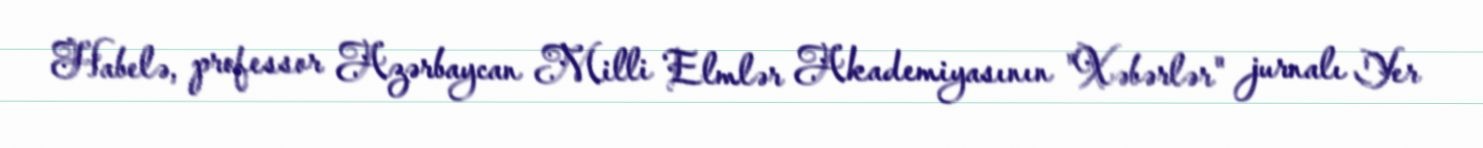
Habelə, professor Azərbaycan Milli Elmlər Akademiyasının "Xəbərlər" jurnalı Yer